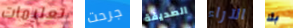
تعليمات جرحت الصديقة الآراء بك